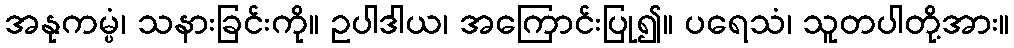
အနုကမ္ပံ၊ သနားခြင်းကို။ ဥပါဒါယ၊ အကြောင်းပြု၍။ ပရေသံ၊ သူတပါတို့အား။